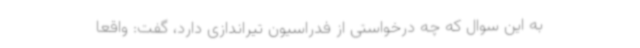
به این سوال که چه درخواستی از فدراسیون تیراندازی دارد، گفت: واقعا